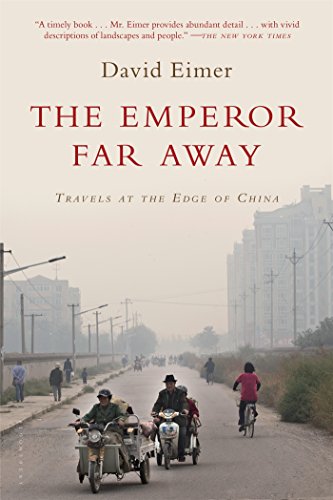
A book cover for The Emperor Far Away: Travels at the Edge of China; David Eimer; Travel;